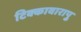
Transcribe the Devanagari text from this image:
टिक्कावारापु